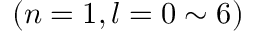
( n = 1 , l = 0 \sim 6 )